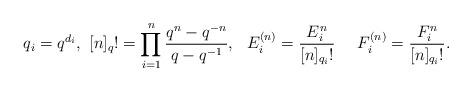
LaTeX: \begin{align*}q_i=q^{d_i},\, \, [n]_q!=\prod_{i=1}^n \frac{q^n-q^{-n}}{q-q^{-1}},\ \ E_i^{(n)}=\frac{E_i^n}{[n]_{q_i}!}\ \ \ \ F_i^{(n)}=\frac{F_i^n}{[n]_{q_i}!}.\end{align*}